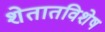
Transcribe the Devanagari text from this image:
शेतातविशेष